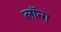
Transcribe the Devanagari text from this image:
लॉन्‍ग